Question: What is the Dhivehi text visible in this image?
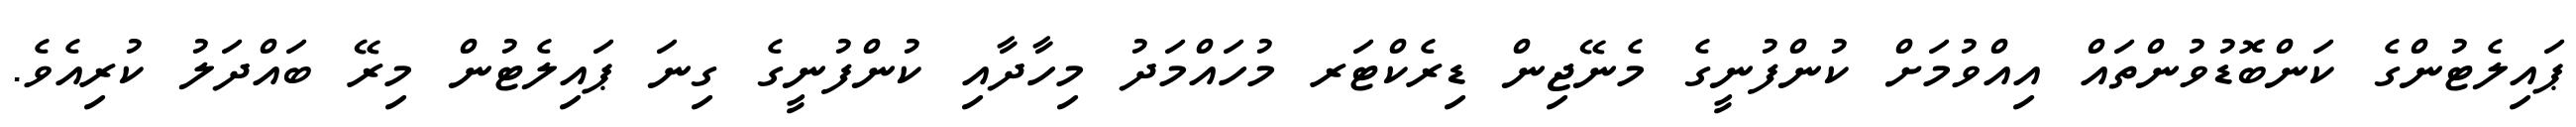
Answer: ޕައިލެޓުންގެ ކަންބޮޑުވުންތައް އިއްވުމަށް ކުންފުނީގެ މެނޭޖިން ޑިރެކްޓަރ މުހައްމަދު މިހާދާއި ކުންފުނީގެ ގިނަ ޕައިލެޓުން މިރޭ ބައްދަލު ކުރިއެވެ.